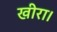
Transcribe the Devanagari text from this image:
खीरा।